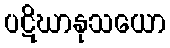
ပဋိဃာနုသယော